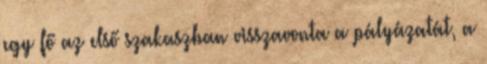
egy fő az első szakaszban visszavonta a pályázatát, a